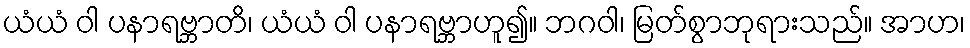
ယံယံ ဝါ ပနာရဗ္ဘာတိ၊ ယံယံ ဝါ ပနာရဗ္ဘာဟူ၍။ ဘဂဝါ၊ မြတ်စွာဘုရားသည်။ အာဟ၊